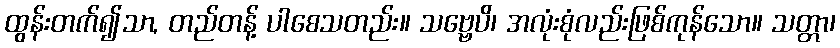
ထွန်းတက်၍သာ, တည်တန့် ပါစေသတည်း။ သဗ္ဗေပိ၊ အလုံးစုံလည်းဖြစ်ကုန်သော။ သတ္တာ၊